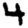
Digit: 4